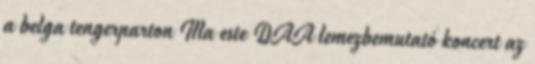
a belga tengerparton Ma este DAA lemezbemutató koncert az